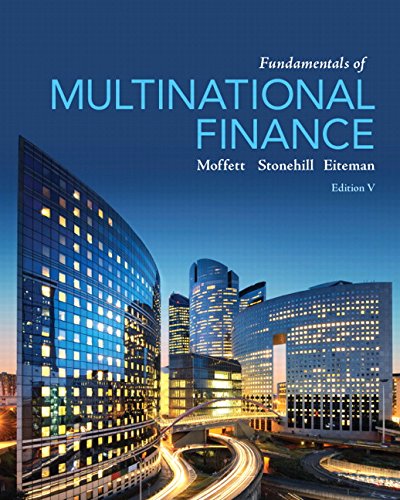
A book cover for Fundamentals of Multinational Finance (5th Edition) (Pearson Series in Finance); Michael H. Moffett; Business & Money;